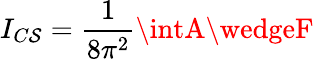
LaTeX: I_{C\mathcal{S}}=\frac{{1}}{{8\pi^{2}}}\intA\wedgeF